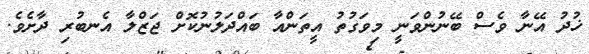
ޚުދު އޭނާ ވެސް ބޭނުންވަނީ މިވަގުތު އީތަންއާ ބައްދަލުނުކޮށް ޖަޒްލާ އެނބުރި ދާށެވެ.